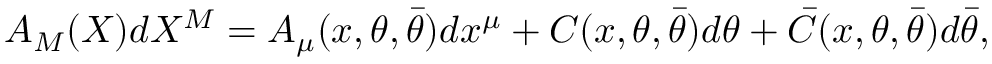
{ \cal A } _ { M } ( X ) d X ^ { M } = { \cal A } _ { \mu } ( x , \theta , \bar { \theta } ) d x ^ { \mu } + C ( x , \theta , \bar { \theta } ) d \theta + \bar { C } ( x , \theta , \bar { \theta } ) d \bar { \theta } ,